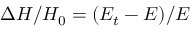
\Delta H / H _ { 0 } = ( E _ { t } - E ) / E